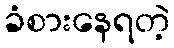
ခံစားနေရတဲ့